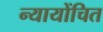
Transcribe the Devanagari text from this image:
न्‍यायोंचित